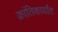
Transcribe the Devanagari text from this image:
क्रांतिकार्यांत